Indian journal of veterinary science and animal husbandry - Volumes 26-27, 1956-1957
Year: 1956
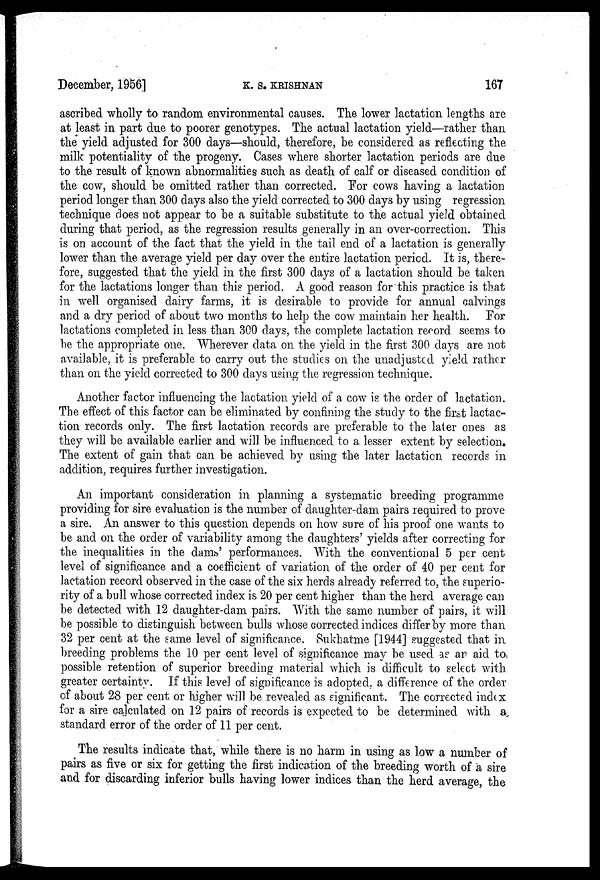
December, 1956]
K.
S.
KRISHNAN
167
ascribed wholly to random environmental causes. The lower lactation lengths are
at least in part due to poorer genotypes. The actual lactation yield—rather than
the yield adjusted for 300 days—should, therefore, be considered as reflecting the
milk potentiality of the progeny. Cases where shorter lactation periods are due
to the result of known abnormalities such as death of calf or diseased condition of
the cow, should be omitted rather than corrected. For cows having a lactation
period longer than 300 days also the yield corrected to 300 days by using regression
technique does not appear to be a suitable substitute to the actual yield obtained
during that period, as the regression results generally in an over-correction. This
is on account of the fact that the yield in the tail end of a lactation is generally
lower than the average yield per day over the entire lactation period. It is, there-
fore, suggested that the yield in the first 300 days of a lactation should be taken
for the lactations longer than this period. A good reason for this practice is that
in well organised dairy farms, it is desirable to provide for annual calvings
and a dry period of about two months to help the cow maintain her health. For
lactations completed in less than 300 days, the complete lactation record seems to
be the appropriate one. Wherever data on the yield in the first 300 days are not
available, it is preferable to carry out the studies on the unadjusted yield rather
than on the yield corrected to 300 days using the regression technique.
Another factor influencing the lactation yield of a cow is the order of lactation.
The effect of this factor can be eliminated by confining the study to the first lactac-
tion records only. The first lactation records are preferable to the later ones as
they will be available earlier and will be influenced to a lesser extent by selection.
The extent of gain that can be achieved by using the later lactation records in
addition, requires further investigation.
An important consideration in planning a systematic breeding programme
providing for sire evaluation is the number of daughter-dam pairs required to prove
a sire. An answer to this question depends on how sure of his proof one wants to
be and on the order of variability among the daughters' yields after correcting for
the inequalities in the dams' performances. With the conventional 5 per cent
level of significance and a coefficient of variation of the order of 40 per cent for
lactation record observed in the case of the six herds already referred to, the superio-
rity of a bull whose corrected index is 20 per cent higher than the herd average can
be detected with 12 daughter-dam pairs. With the same number of pairs, it will
be possible to distinguish between bulls whose corrected indices differ by more than
32 per cent at the same level of significance. Sukhatme [1944] suggested that in
breeding problems the 10 per cent level of significance may be used as an aid to
possible retention of superior breeding material which is difficult to select with
greater certainty. If this level of significance is adopted, a difference of the order
of about 28 per cent or higher will be revealed as significant. The corrected index
for a sire calculated on 12 pairs of records is expected to be determined with a
standard error of the order of 11 per cent.
The results indicate that, while there is no harm in using as low a number of
pairs as five or six for getting the first indication of the breeding worth of a sire
and for discarding inferior bulls having lower indices than the herd average, the